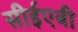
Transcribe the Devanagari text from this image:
सीईएबी